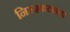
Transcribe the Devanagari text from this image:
निस्श्फल्लता